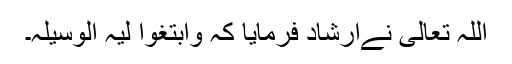
اللہ تعالی نےارشاد فرمایا کہ وابتغوا لیہ الوسیلہ۔